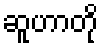
ဆူဟာတို